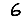
Digit: 6